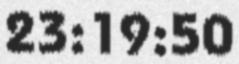
23:19:50